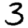
Digit: 3